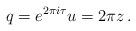
LaTeX: \begin{align*} q = e^{2 \pi i \tau} u = 2 \pi z \,. \end{align*}